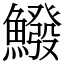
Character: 鱍